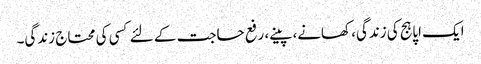
ایک اپاہج کی زندگی، کھانے، پینے، رفع حاجت کے لئے کسی کی محتاج زندگی۔